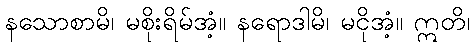
နသောစာမိ၊ မစိုးရိမ်အံ့။ နရောဒါမိ၊ မငိုအံ့။ ဣတိ၊